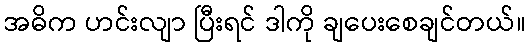
အဓိက ဟင်းလျာ ပြီးရင် ဒါကို ချပေးစေချင်တယ်။